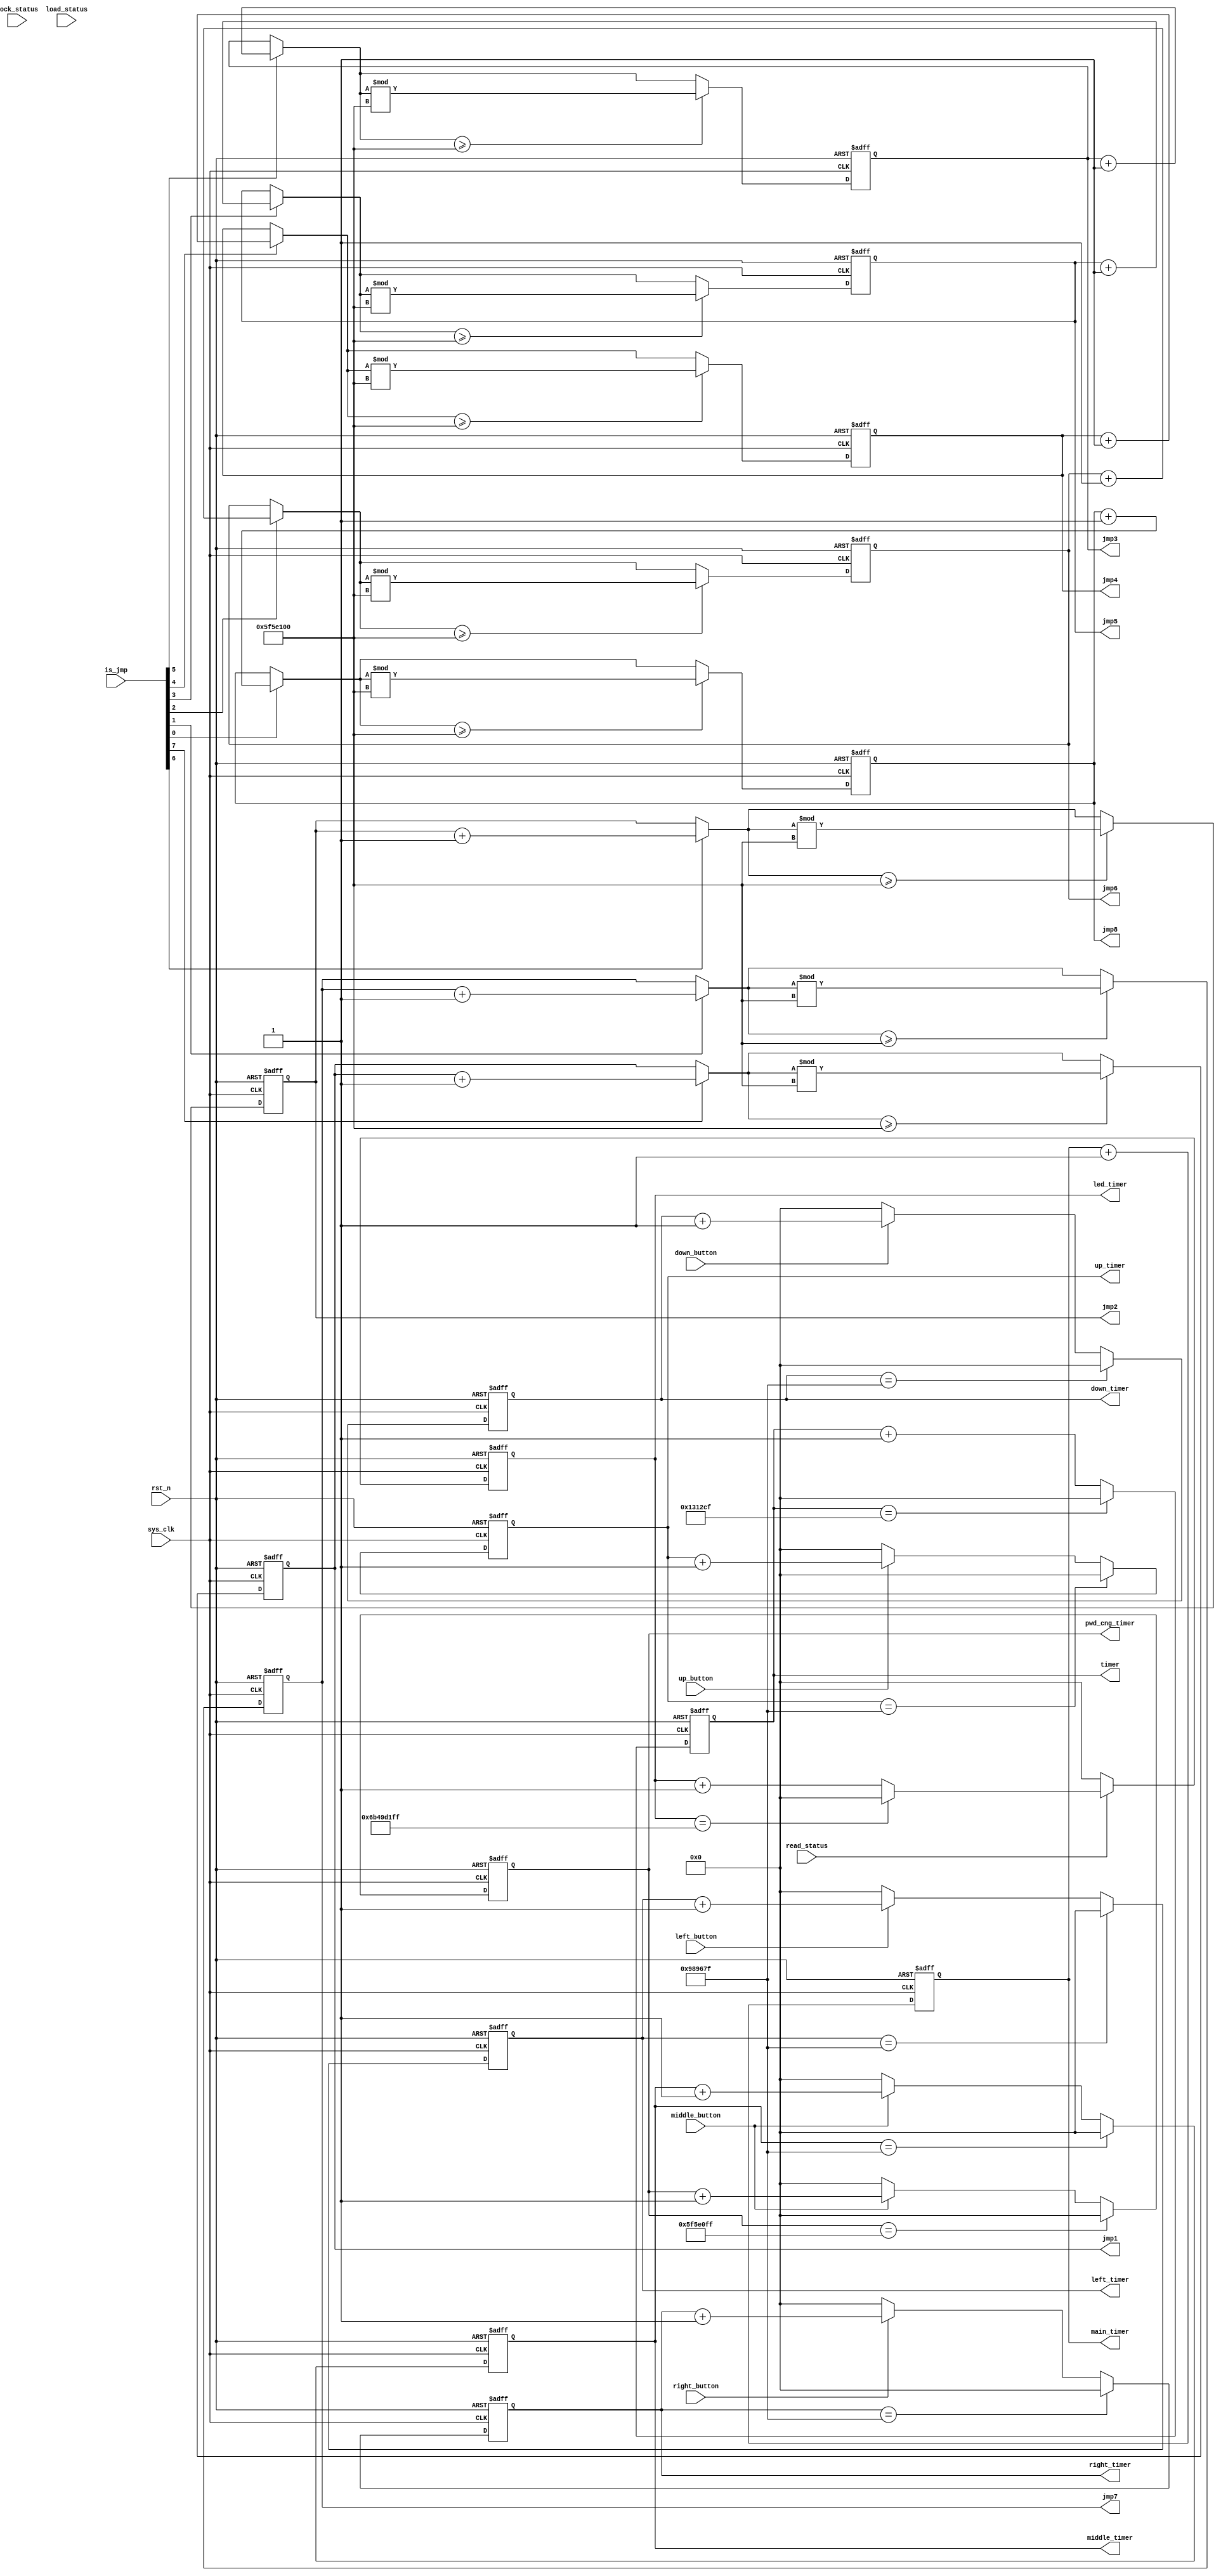
`timescale 1ns / 1ps

module clock_make(
input sys_clk,
input rst_n,
input [7:0] is_jmp,
input left_button,
input right_button,
input up_button,
input down_button,
input middle_button,
input lock_status,
input read_status,
input load_status,
output reg [63:0] led_timer,
output reg [63:0] pwd_cng_timer,
output reg [63:0] jmp1,
output reg [63:0] jmp2,
output reg [63:0] jmp3,
output reg [63:0] jmp4,
output reg [63:0] jmp5,
output reg [63:0] jmp6,
output reg [63:0] jmp7,
output reg [63:0] jmp8,
output reg [63:0] timer,
output reg [63:0] main_timer,
output reg [63:0] right_timer,
output reg [63:0] left_timer,
output reg [63:0] up_timer,
output reg [63:0] down_timer,
output reg [63:0] middle_timer
);

always@(posedge sys_clk or negedge rst_n)
begin
    if(~rst_n)
    begin
        pwd_cng_timer <= 64'd0;
    end
    else
    begin
        if(pwd_cng_timer == 64'd99_999_999)pwd_cng_timer <= 0;
        else 
        begin
            if(middle_button)
            begin
                pwd_cng_timer <= pwd_cng_timer + 1'b1;
            end
            else
            begin
                pwd_cng_timer <= 0;
            end
        end
    end
end

always@(posedge sys_clk or negedge rst_n)
begin
    if(~rst_n)
    begin
        left_timer <= 64'd0;
    end
    else
    begin
        if(left_timer == 64'd9_999_999)left_timer <= 0;
        else 
        begin
            if(left_button)
            begin
                left_timer <= left_timer + 1'b1;
            end
            else
            begin
                left_timer <= 0;
            end
        end
    end
end

always@(posedge sys_clk or negedge rst_n)
begin
    if(~rst_n)
    begin
        right_timer <= 64'd0;
    end
    else
    begin
        if(right_timer == 64'd9_999_999)right_timer <= 0;
        else 
        begin
            if(right_button)
            begin
                right_timer <= right_timer + 1'b1;
            end
            else
            begin
                right_timer <= 0;
            end
        end
    end
end

always@(posedge sys_clk or negedge rst_n)
begin
    if(~rst_n)
    begin
        up_timer <= 64'd0;
    end
    else
    begin
        if(up_timer == 64'd9_999_999)up_timer <= 0;
        else 
        begin
            if(up_button)
            begin
                up_timer <= up_timer + 1'b1;
            end
            else
            begin
                up_timer <= 0;
            end
        end
    end
end

always@(posedge sys_clk or negedge rst_n)
begin
    if(~rst_n)
    begin
        down_timer <= 64'd0;
    end
    else
    begin
        if(down_timer == 64'd9_999_999)down_timer <= 0;
        else 
        begin
            if(down_button)
            begin
                down_timer <= down_timer + 1'b1;
            end
            else
            begin
                down_timer <= 0;
            end
        end
    end
end

always@(posedge sys_clk or negedge rst_n)
begin
    if(~rst_n)
    begin
        middle_timer <= 64'd0;
    end
    else
    begin
        if(middle_timer == 64'd9_999_999)middle_timer <= 0;
        else 
        begin
            if(middle_button)
            begin
                middle_timer <= middle_timer + 1'b1;
            end
            else
            begin
                middle_timer <= 0;
            end
        end
    end
end

always@(posedge sys_clk or negedge rst_n)
begin
    if(~rst_n)led_timer <= 64'd0;
    else if(read_status == 1'b0)led_timer <= 64'd0;
    else if(led_timer == 64'd1_799_999_999)led_timer <= 64'd0;
    else led_timer <= led_timer + 1'b1;
end

always@(posedge sys_clk or negedge rst_n)
begin
    if(~rst_n)timer <= 64'd0;
    else if(timer == 64'd1_249_999)timer <= 64'd0;
    else timer <= timer + 1'b1;
end

always@(posedge sys_clk or negedge rst_n)
begin
    if(~rst_n)main_timer <= 64'd0;
    else main_timer <= main_timer + 1'b1;
end

always@(posedge sys_clk or negedge rst_n)
begin
    if(~rst_n)
    begin
        jmp1 <= 1'b0;
        jmp2 <= 1'b0;
        jmp3 <= 1'b0;
        jmp4 <= 1'b0;
        jmp5 <= 1'b0;
        jmp6 <= 1'b0;
        jmp7 <= 1'b0;
        jmp8 <= 1'b0;
    end
    else
    begin
        if(is_jmp[0] == 1'b1)
        begin
            jmp8 = jmp8 + 1'b1;
        end
        if(is_jmp[1] == 1'b1)
        begin
            jmp7 = jmp7 + 1'b1;
        end
        if(is_jmp[2] == 1'b1)
        begin
            jmp6 = jmp6 + 1'b1;
        end
        if(is_jmp[3] == 1'b1)
        begin
            jmp5 = jmp5 + 1'b1;
        end
        if(is_jmp[4] == 1'b1)
        begin
            jmp4 = jmp4 + 1'b1;
        end
        if(is_jmp[5] == 1'b1)
        begin
            jmp3 = jmp3 + 1'b1;
        end
        if(is_jmp[6] == 1'b1)
        begin
            jmp2 = jmp2 + 1'b1;
        end
        if(is_jmp[7] == 1'b1)
        begin
            jmp1 = jmp1 + 1'b1;
        end
        if(jmp1 >= 100000000)
        begin
            jmp1 = jmp1 % 100000000;
        end
        if(jmp2 >= 100000000)
        begin
            jmp2 = jmp2 % 100000000;
        end
        if(jmp3 >= 100000000)
        begin
            jmp3 = jmp3 % 100000000;
        end
        if(jmp4 >= 100000000)
        begin
            jmp4 = jmp4 % 100000000;
        end
        if(jmp5 >= 100000000)
        begin
            jmp5 = jmp5 % 100000000;
        end
        if(jmp6 >= 100000000)
        begin
            jmp6 = jmp6 % 100000000;
        end
        if(jmp7 >= 100000000)
        begin
            jmp7 = jmp7 % 100000000;
        end
        if(jmp8 >= 100000000)
        begin
            jmp8 = jmp8 % 100000000;
        end
    end
end

endmodule